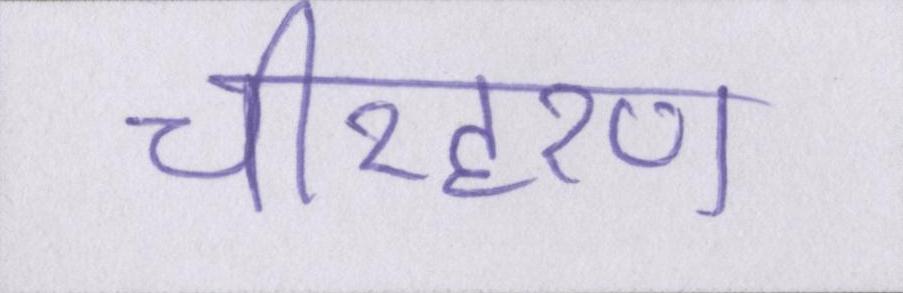
चीरहरण